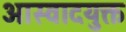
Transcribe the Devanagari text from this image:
आस्वादयुक्त